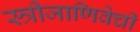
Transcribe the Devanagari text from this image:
स्त्रीजाणिवेची